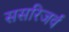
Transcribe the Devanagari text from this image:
ससरिजर्व